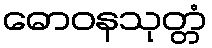
ဓောဝနသုတ္တံ